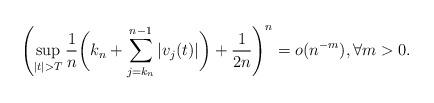
LaTeX: \begin{align*} \left(\sup_{|t| >T } \frac{1}{n} \bigg( k_n+ \sum_{j=k_n}^{n-1} |v_j(t)| \bigg)+ \frac{1}{2n}\right)^n=o( n^{-m}), \forall m >0.\end{align*}